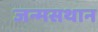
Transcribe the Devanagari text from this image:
जन्मसथान